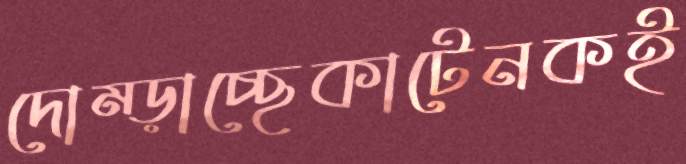
দোম্‌ড়াচ্ছেকাটেনকই